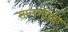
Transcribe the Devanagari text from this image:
सालभोरडा